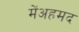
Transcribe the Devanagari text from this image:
मेंअहमद